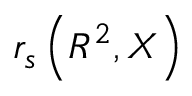
r _ { s } \left( R ^ { 2 } , X \right)